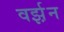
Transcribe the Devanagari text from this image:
वर्झ़न